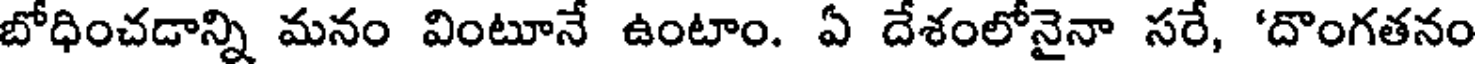
బోధించడాన్ని మనం వింటూనే ఉంటాం. ఏ దేశంలోనైనా సరే, 'దొంగతనం